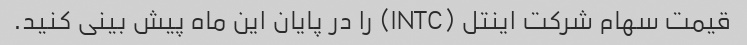
قیمت سهام شرکت اینتل (INTC) را در پایان این ماه پیش بینی کنید.